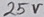
Text: 25V